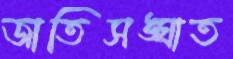
জাতিসঙ্ঘাত